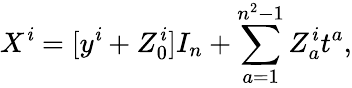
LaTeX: X^{\mathit{i}}=[y^{\mathit{i}}+Z_{0}^{\mathit{i}}]I_{n}+\sum_{a=1}^{n^{2}-1}Z_{a}^{\mathit{i}}t^{a},